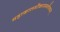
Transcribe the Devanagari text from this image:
महाकालमोंकारममलेश्वरम्